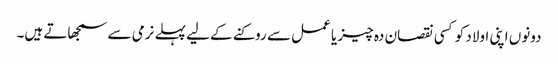
دونوں اپنی اولاد کو کسی نقصان دہ چیز یا عمل سے روکنے کے لیے پہلے نرمی سے سمجھاتے ہیں۔